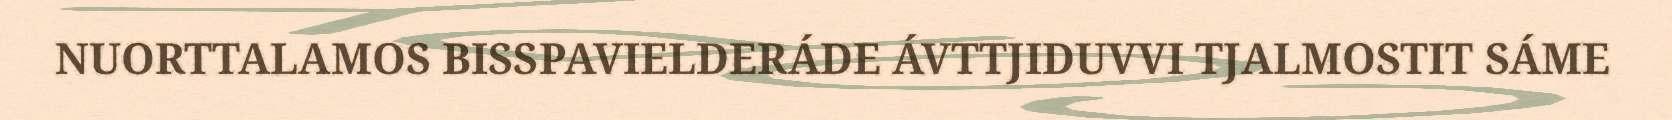
NUORTTALAMOS BISSPAVIELDERÁDE ÁVTTJIDUVVI TJALMOSTIT SÁME